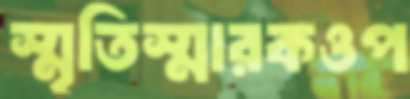
স্মৃতিস্মারকওপ